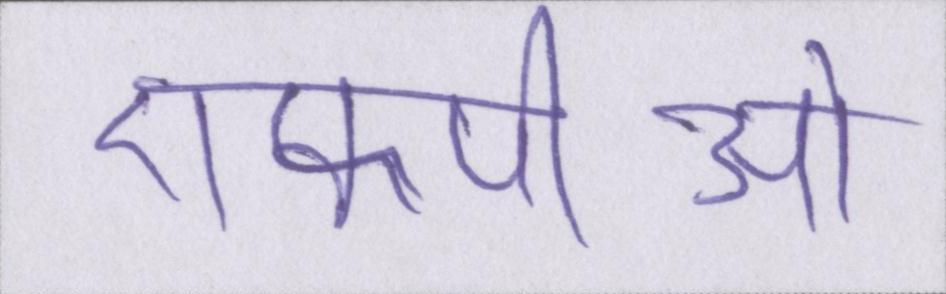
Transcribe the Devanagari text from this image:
एफपीओ